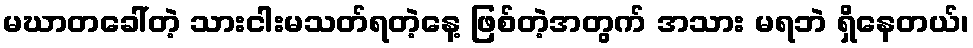
မဃာတခေါ်တဲ့ သားငါးမသတ်ရတဲ့နေ့ ဖြစ်တဲ့အတွက် အသား မရဘဲ ရှိနေတယ်၊